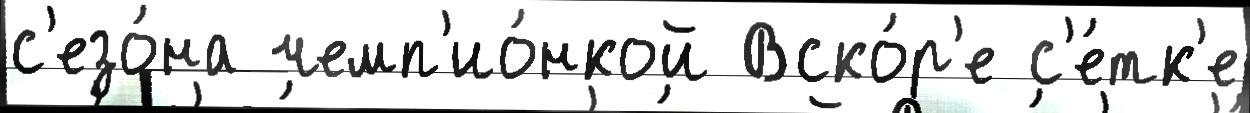
с'езо́на чемп'ио́нкой Вско́р'е с'е́тк'е